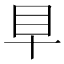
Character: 𥃪